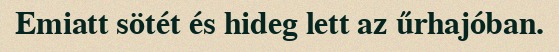
Emiatt sötét és hideg lett az űrhajóban.